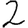
Digit: 2